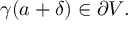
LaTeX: \gamma ( a + \delta ) \in \partial V .